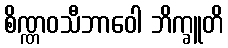
စိဏ္ဏဝသီဘာဝေါ ဘိက္ခူတိ